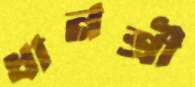
ধানশ্রী